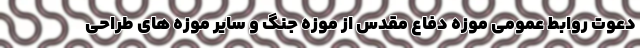
دعوت روابط عمومی موزه دفاع مقدس از موزه جنگ و سایر موزه های طراحی